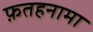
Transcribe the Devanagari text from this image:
फ़तहनामा